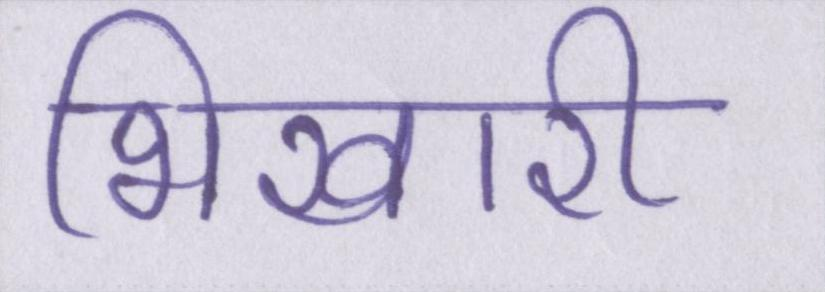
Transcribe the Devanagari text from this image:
भिखारी